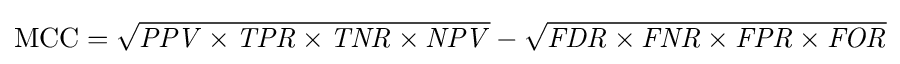
{\text{MCC}}={\sqrt {{\mathit {PPV}}\times {\mathit {TPR}}\times {\mathit {TNR}}\times {\mathit {NPV}}}}-{\sqrt {{\mathit {FDR}}\times {\mathit {FNR}}\times {\mathit {FPR}}\times {\mathit {FOR}}}}